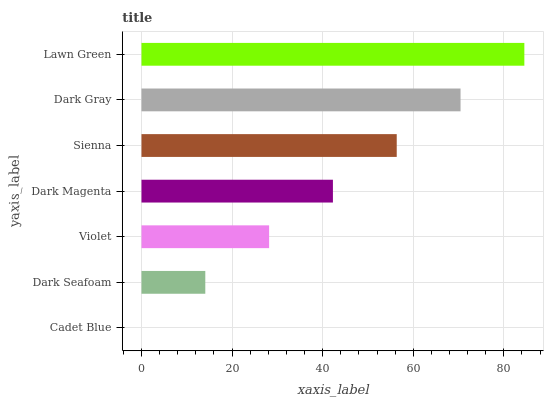
| yaxis_label | bars |
 | --- | --- |
 | Cadet Blue | 0 |
 | Dark Seafoam | 14.1 |
 | Violet | 28.2 |
 | Dark Magenta | 42.3 |
 | Sienna | 56.4 |
 | Dark Gray | 70.4 |
 | Lawn Green | 84.5 |